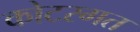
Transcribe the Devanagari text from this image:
कोटरगत